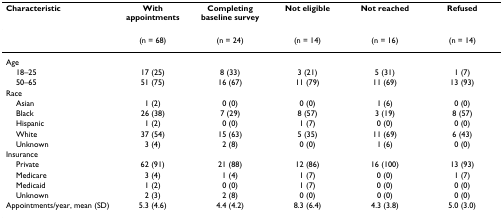
<table><thead><tr><td><b>Characteristic</b></td><td><b>With appointments</b></td><td><b>Completing baseline survey</b></td><td><b>Not eligible</b></td><td><b>Not reached</b></td><td><b>Refused</b></td></tr></thead><tbody><tr><td>[EMPTY_CELL]</td><td>(n = 68)</td><td>(n = 24)</td><td>(n = 14)</td><td>(n = 16)</td><td>(n = 14)</td></tr><tr><td>Age</td><td>[EMPTY_CELL]</td><td>[EMPTY_CELL]</td><td>[EMPTY_CELL]</td><td>[EMPTY_CELL]</td><td>[EMPTY_CELL]</td></tr><tr><td> 18–25</td><td>17 (25)</td><td>8 (33)</td><td>3 (21)</td><td>5 (31)</td><td>1 (7)</td></tr><tr><td> 50–65</td><td>51 (75)</td><td>16 (67)</td><td>11 (79)</td><td>11 (69)</td><td>13 (93)</td></tr><tr><td>Race</td><td>[EMPTY_CELL]</td><td>[EMPTY_CELL]</td><td>[EMPTY_CELL]</td><td>[EMPTY_CELL]</td><td>[EMPTY_CELL]</td></tr><tr><td> Asian</td><td>1 (2)</td><td>0 (0)</td><td>0 (0)</td><td>1 (6)</td><td>0 (0)</td></tr><tr><td> Black</td><td>26 (38)</td><td>7 (29)</td><td>8 (57)</td><td>3 (19)</td><td>8 (57)</td></tr><tr><td> Hispanic</td><td>1 (2)</td><td>0 (0)</td><td>1 (7)</td><td>0 (0)</td><td>0 (0)</td></tr><tr><td> White</td><td>37 (54)</td><td>15 (63)</td><td>5 (35)</td><td>11 (69)</td><td>6 (43)</td></tr><tr><td> Unknown</td><td>3 (4)</td><td>2 (8)</td><td>0 (0)</td><td>1 (6)</td><td>0 (0)</td></tr><tr><td>Insurance</td><td>[EMPTY_CELL]</td><td>[EMPTY_CELL]</td><td>[EMPTY_CELL]</td><td>[EMPTY_CELL]</td><td>[EMPTY_CELL]</td></tr><tr><td> Private</td><td>62 (91)</td><td>21 (88)</td><td>12 (86)</td><td>16 (100)</td><td>13 (93)</td></tr><tr><td> Medicare</td><td>3 (4)</td><td>1 (4)</td><td>1 (7)</td><td>0 (0)</td><td>1 (7)</td></tr><tr><td> Medicaid</td><td>1 (2)</td><td>0 (0)</td><td>1 (7)</td><td>0 (0)</td><td>0 (0)</td></tr><tr><td> Unknown</td><td>2 (3)</td><td>2 (8)</td><td>0 (0)</td><td>0 (0)</td><td>0 (0)</td></tr><tr><td>Appointments/year, mean (SD)</td><td>5.3 (4.6)</td><td>4.4 (4.2)</td><td>8.3 (6.4)</td><td>4.3 (3.8)</td><td>5.0 (3.0)</td></tr></tbody></table>